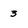
Character: 3